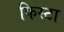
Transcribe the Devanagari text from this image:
फिस्टा